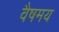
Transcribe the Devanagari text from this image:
वैषमय